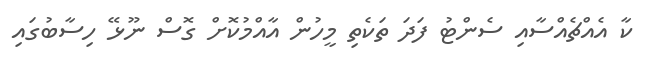
ކާ އެއްޗެއްސާއި ސެންޓު ފަދަ ތަކެތި މީހުން އާއްމުކޮށް ގޮސް ނޫޅޭ ހިސާބުގައި